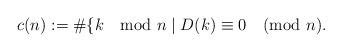
LaTeX: \begin{align*}c(n) :=\#\lbrace k \mod n \mid D(k) \equiv 0 \pmod n.\end{align*}